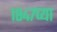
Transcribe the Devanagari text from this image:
१८४७च्या